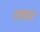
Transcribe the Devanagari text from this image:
राफ़ा